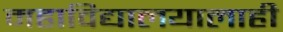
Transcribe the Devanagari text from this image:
महाविद्यालयालाही